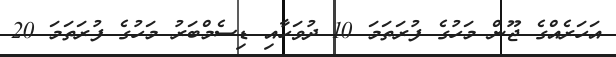
އަހަރެއްގެ ޖޫން މަހުގެ ފުރަތަމަ 10 ދުވަހާއި ޑިސެމްބަރު މަހުގެ ފުރަތަމަ 20